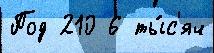
Под 210 6 ты́с'яч